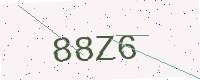
Text: 88Z6